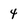
Character: 4